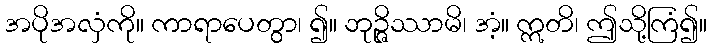
အပိုအလှံကို။ ကာရာပေတွာ၊ ၍။ ဘုဉ္ဇိဿာမိ၊ အံ့။ ဣတိ၊ ဤသို့ကြံ၍။